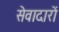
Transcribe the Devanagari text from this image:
सेवादारों